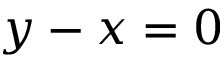
y - x = 0